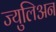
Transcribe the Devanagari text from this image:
ज्युलिअन